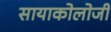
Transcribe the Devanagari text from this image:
सायाकोलोजी